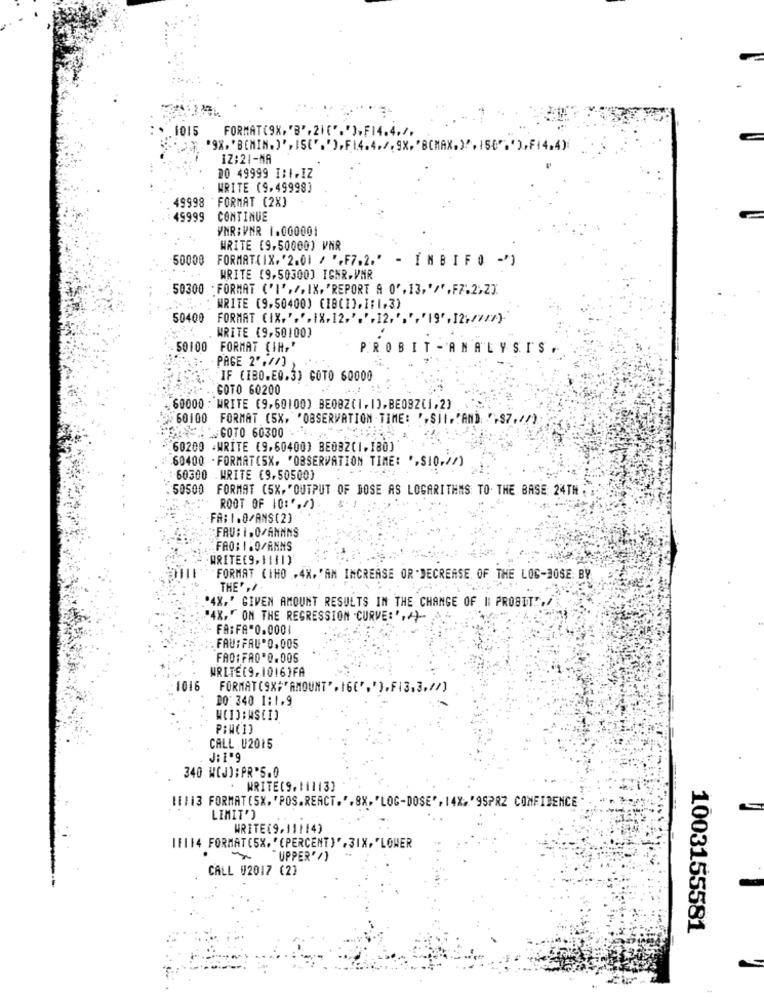
1015
12:21-MA
20 49999 I:1.IZ
WRITE (9,49998]
49998 FORMAT (2X]
45999
CONTINUE
VNR:VNR 1.000001
WRITE (9,50000) VAR
50000
FORMAT(IX, '2.01 / ',F7.2.' - IM BIFO -)
WRITE (9,50300] IGHR-VMR
50300 ; FORMAT ('I',/, IX, 'REPORT A 0', 13,'/' ,F7.2;2].
WRITE (9.50400) (IB(I). 1:1,3)
50400 FORMAT CIX.",". IX. 12.'.'.12.',','19' , 12:///>)-
WRITE (9,50100)
50100 FORMAT (IH,'
PROBIT -ANALYSIS.
PAGE 2', //)
"IF (IBO.EQ.3) GOTO 60000
.. GOTO 60200
. 60000 : WRITE (9,60100) BEOBZ(1, 1].BE08Z(1,2]
60100 FORMAT (5%, "OBSERVATION TIME: ', Sil,"AND ", 87./1)
"SAGOTO 60300 .
60200 .WRITE (9,60400) BEOBZ(1.180)
.60400 - FORMAT(5X, "OBSERVATION TIME: ', SI0.//)
:60300 WRITE (9,50500)
50500 FORMAT (5X. "OUTPUT OF BOSE AS LOGARITHNS TO. THE BASE: 24TH
ROOT OF 10:",/)
FA: 1.0/ANS(2)
FAU: 1. 0/ANMNS
FAO: 1.0/ANNS
WRITE(9,1111)
FORMAT CIHO .4X. 'AN INCREASE OR "DECREASE, OF THE LOG-BOSE. BY
THE' , /
"4X," GIVEN AMOUNT RESULTS IN THE CHANGE OF |: PROBIT !, /
4X," ON THE REGRESSION CURVE:',
FA:FA"0.000
.FAU:FAU O.005
FAO:FRO'0.005
WRITE(9,1016)FA
-1016
DO 340 1:1.9
PINCIO
CALL U2015
J: 1.9
340 WCJJ:PR'S.0
. WRITE(9.11113]
11113 FORMAT(SX. 'POS.REACT.".8X. "LOG-DOSE", 14X. "9SPRZ CONFIDENCE
LIMIT'
WRITE(9,11114)
11114 FORMAT(5X. " (PERCENT)",31X, "LOWER
"UPPER' /)
CALL V2017 (2)
1003155581